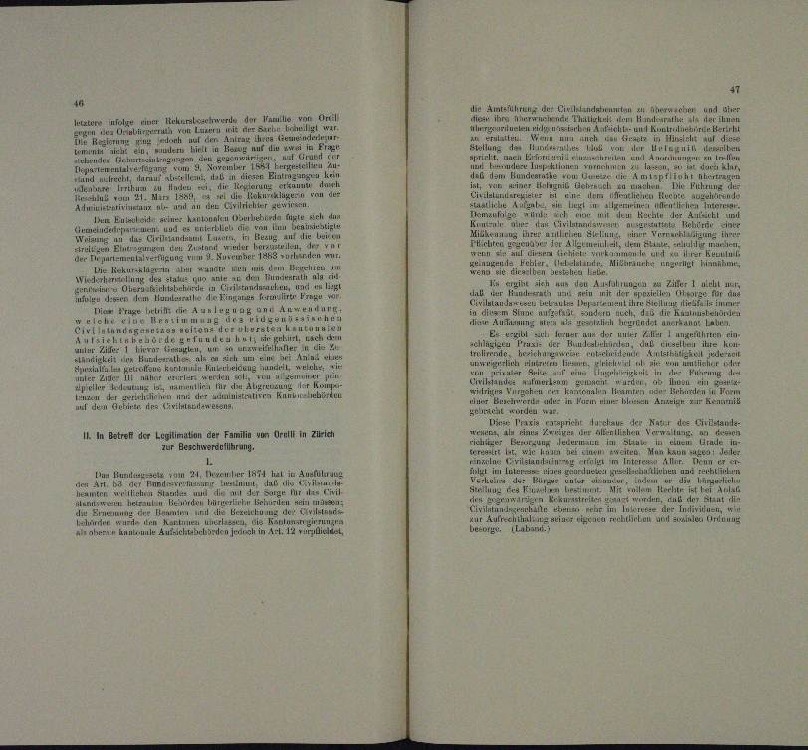
lutator
 einer Schn

n
n
u
u
u
a
n

te . .
n

a
sich
Eullen seiner han

t
e
a

un

n

dee diesen in eine

Mege

.

eden seinen eine
uungen einen
1

Angegannes
un
r
1

.
ieren und
n
de in
u
au
undeil, welc
d
u
u

 e 1 ve

 In Betref der man der Familie von Ort in Zich
 Geschwerdeführung.
Evember 1874 hat
u

 tn Mann,
in
n
.
.

von Or
rile der I

41
die Amtsführung der Civillendetenten zu herrsche
r

a
e
u
Behlen Betreten eine
urner eine
M

 Me

.
.

G dsn Bunder
e
u
und
n

u

u irer a
u

treit, de
u
a
.
u
u
din der eine
u au

de

u

.

ust nun der unter Falter 1 ungeführten ein-
selben ihre
 Hun
da
n
i
d

u

                           verner verdien
i
.
n
un
ränen
des Erstan
rze Pe

Wenten als ei

.

a
au
ransch
.
¬

.

n
.
unden Erdnung
 ein einen Theren
ö
aurigen eine